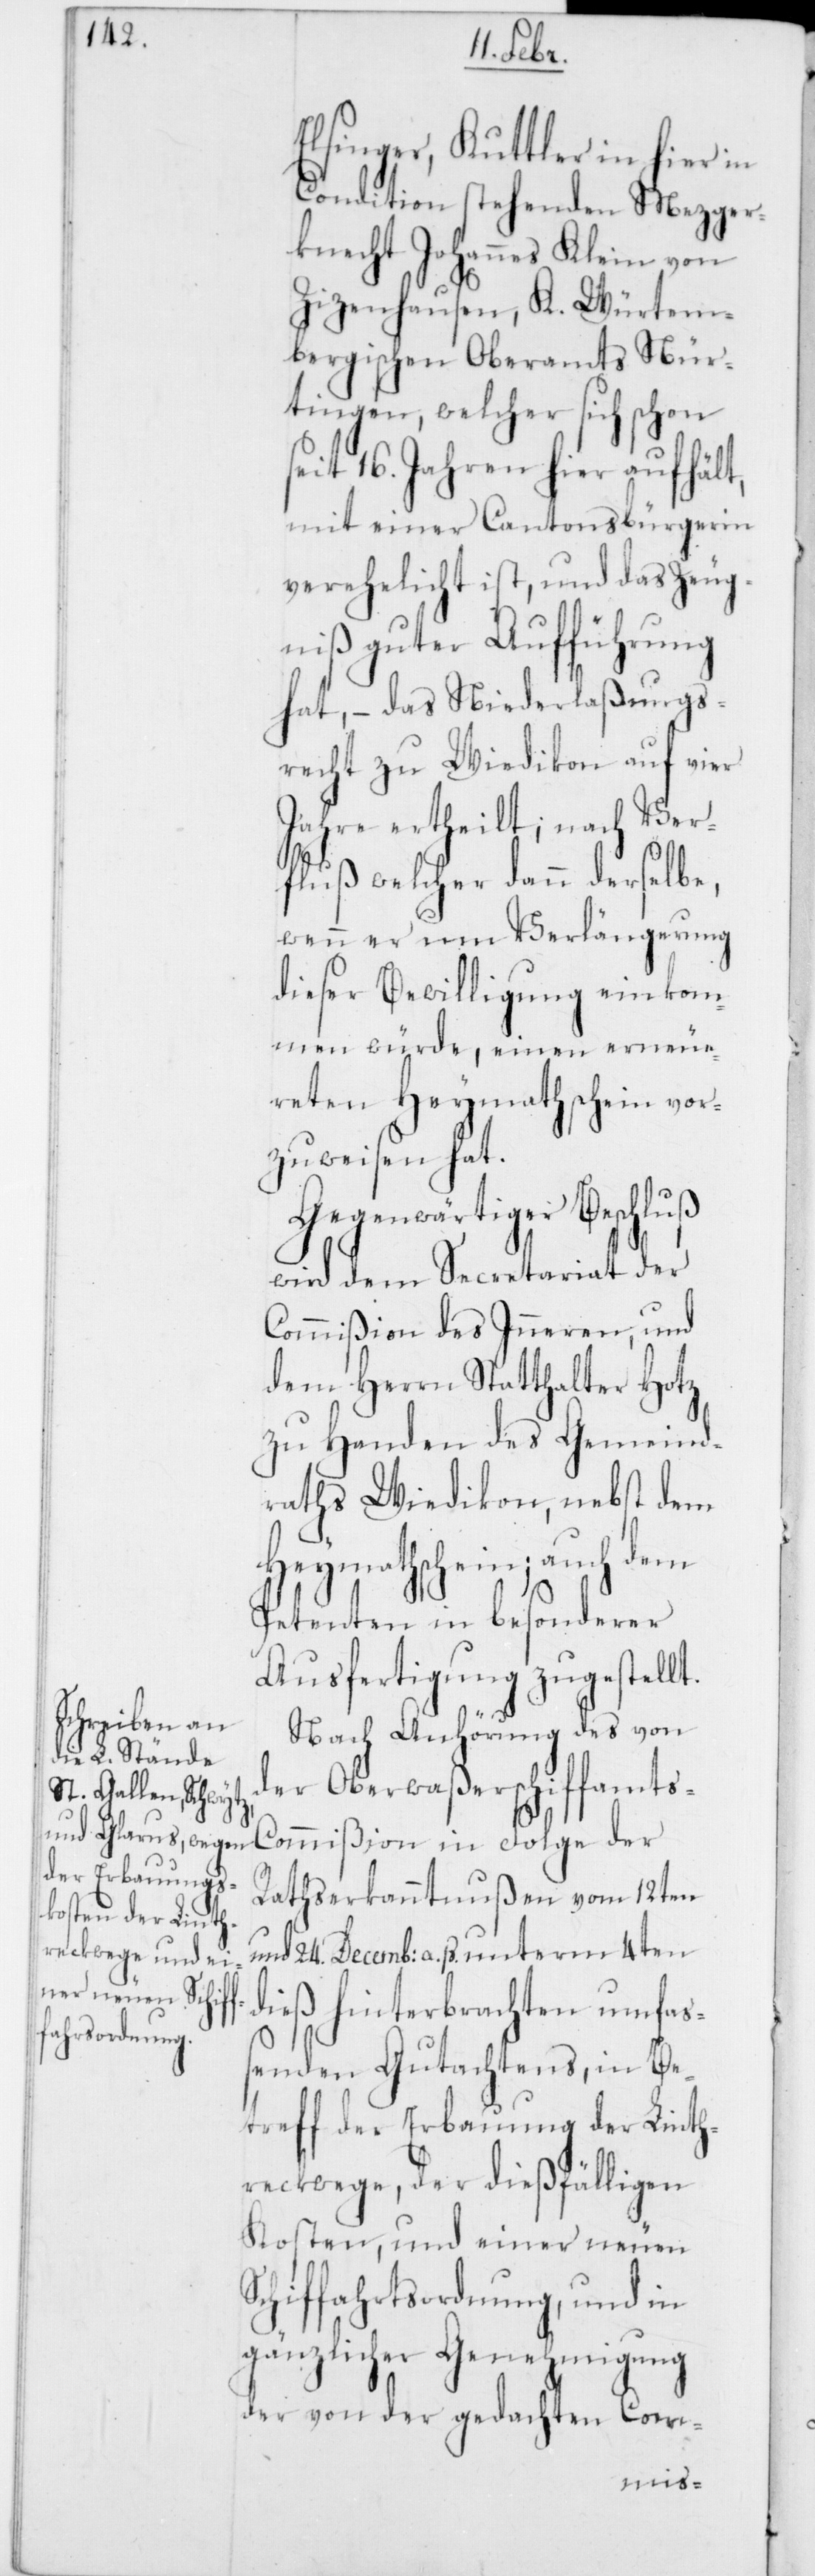
Elsinger, Kuttler in hier in
Condition stehenden Mezger¬
knecht Johannes Klein von
Zizenhausen, K. Würtem¬
bergischen Oberamts Nür¬
tingen, welcher sich schon
seit 16. Jahren hier aufhält,
mit einer Cantonsbürgerin
verehelicht ist, und das Zeug¬
niß guter Aufführung
hat, – das Niederlaßungs¬
recht zu Wiedikon auf vier
Jahre ertheilt; nach Ver¬
fluß welcher dann derselbe,
wenn er um Verlängerung
dieser Bewilligung einkom¬
men würde, einen erneue¬
reten Heymathschein vor¬
zuweisen hat.
Gegenwärtiger Beschluß
wird dem Secretariat der
Commißion des Inneren, und
dem Herrn Statthalter Hotz
zu Handen des Gemeind¬
raths Wiedikon, nebst dem
Heymathschein; auch dem
Petenten in besonderer
Ausfertigung zugestellt.
Nach Anhörung des von
der Oberwaßerschiffamt¬
s-Commißion in Folge der
Rathserkanntnußen vom 12ten
und 24. Decemb: a. p. unterm 4ten
dieß hinterbrachten umfaß¬
enden Gutachtens, in Be¬
treff der Erbauung der Linth¬
reckwege, der dießfälligen
Kosten, und einer neuen
Schiffahrtsordnung, und in
gänzlicher Genehmigung
der von der gedachten Com-